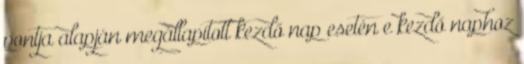
pontja alapján megállapított kezdő nap esetén e kezdő naphoz